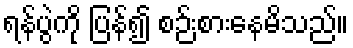
ရန်ပွဲကို ပြန်၍ စဉ်းစားနေမိသည်။